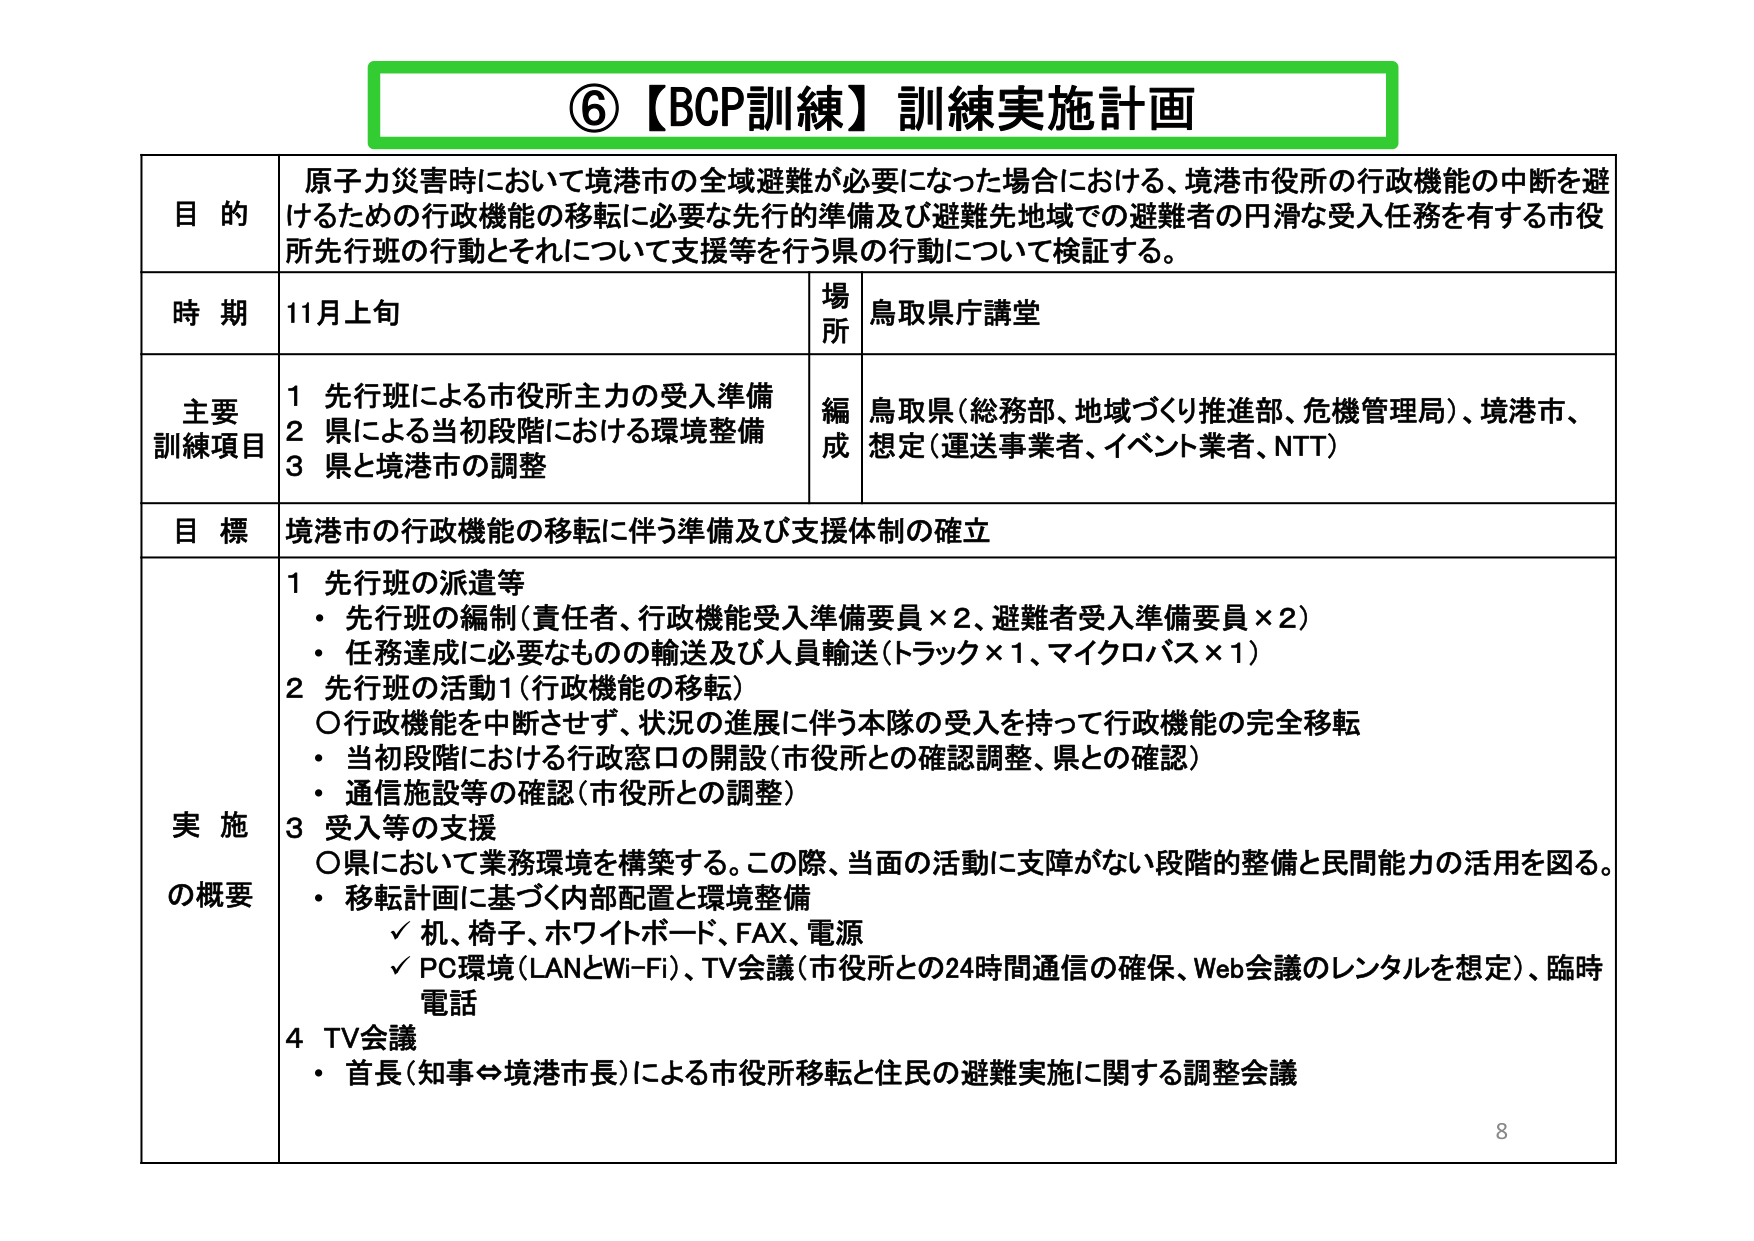
⑥【BCP訓練】訓練実施計画

目的
原子力災害時において境港市の全域避難が必要になった場合における、境港市役所の行政機能の中断を避けるための行政機能の移転に必要な先行的準備及び避難先地域での避難者の円滑な受入任務を有する市役所先行班の行動とそれについて支援等を行う県の行動について検証する。

時期
11月上旬

場所
鳥取県庁講堂

主要訓練項目
1 先行班による市役所主力の受入準備
2 県による当初段階における環境整備
3 県と境港市の調整

編成
鳥取県（総務部、地域づくり推進部、危機管理局）、境港市、想定（運送事業者、イベント業者、NTT）

目標
境港市の行政機能の移転に伴う準備及び支援体制の確立

実施の概要
1 先行班の派遣等
・先行班の編制（責任者、行政機能受入準備要員×2、避難者受入準備要員×2）
・任務達成に必要なものの輸送及び人員輸送（トラック×1、マイクロバス×1）

2 先行班の活動1（行政機能の移転）
〇行政機能を中断させず、状況の進展に伴う本隊の受入を持って行政機能の完全移転
・当初段階における行政窓口の開設（市役所との確認調整、県との確認）
・通信施設等の確認（市役所との調整）

3 受入等の支援
〇県において業務環境を構築する。この際、当面の活動に支障がない段階的整備と民間能力の活用を図る。
・移転計画に基づく内部配置と環境整備
　✓ 机、椅子、ホワイトボード、FAX、電源
　✓ PC環境（LANとWi-Fi）、TV会議（市役所との24時間通信の確保、Web会議のレンタルを想定）、臨時電話

4 TV会議
・首長（知事⇔境港市長）による市役所移転と住民の避難実施に関する調整会議

8